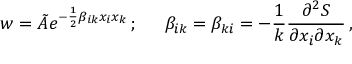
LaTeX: w = { \tilde { A } } e ^ { - { \frac { 1 } { 2 } } \beta _ { i k } x _ { i } x _ { k } } \, ; \; \; \; \; \ \beta _ { i k } = \beta _ { k i } = - { \frac { 1 } { k } } { \frac { \partial ^ { 2 } S } { \partial x _ { i } \partial x _ { k } } } \, ,